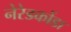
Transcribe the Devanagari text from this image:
नेरेडकोंडा